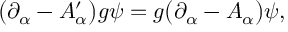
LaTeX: \bigl ( \partial _ { \alpha } - A _ { \alpha } ^ { \prime } \bigr ) g \psi = g \bigl ( \partial _ { \alpha } - A _ { \alpha } \bigr ) \psi ,